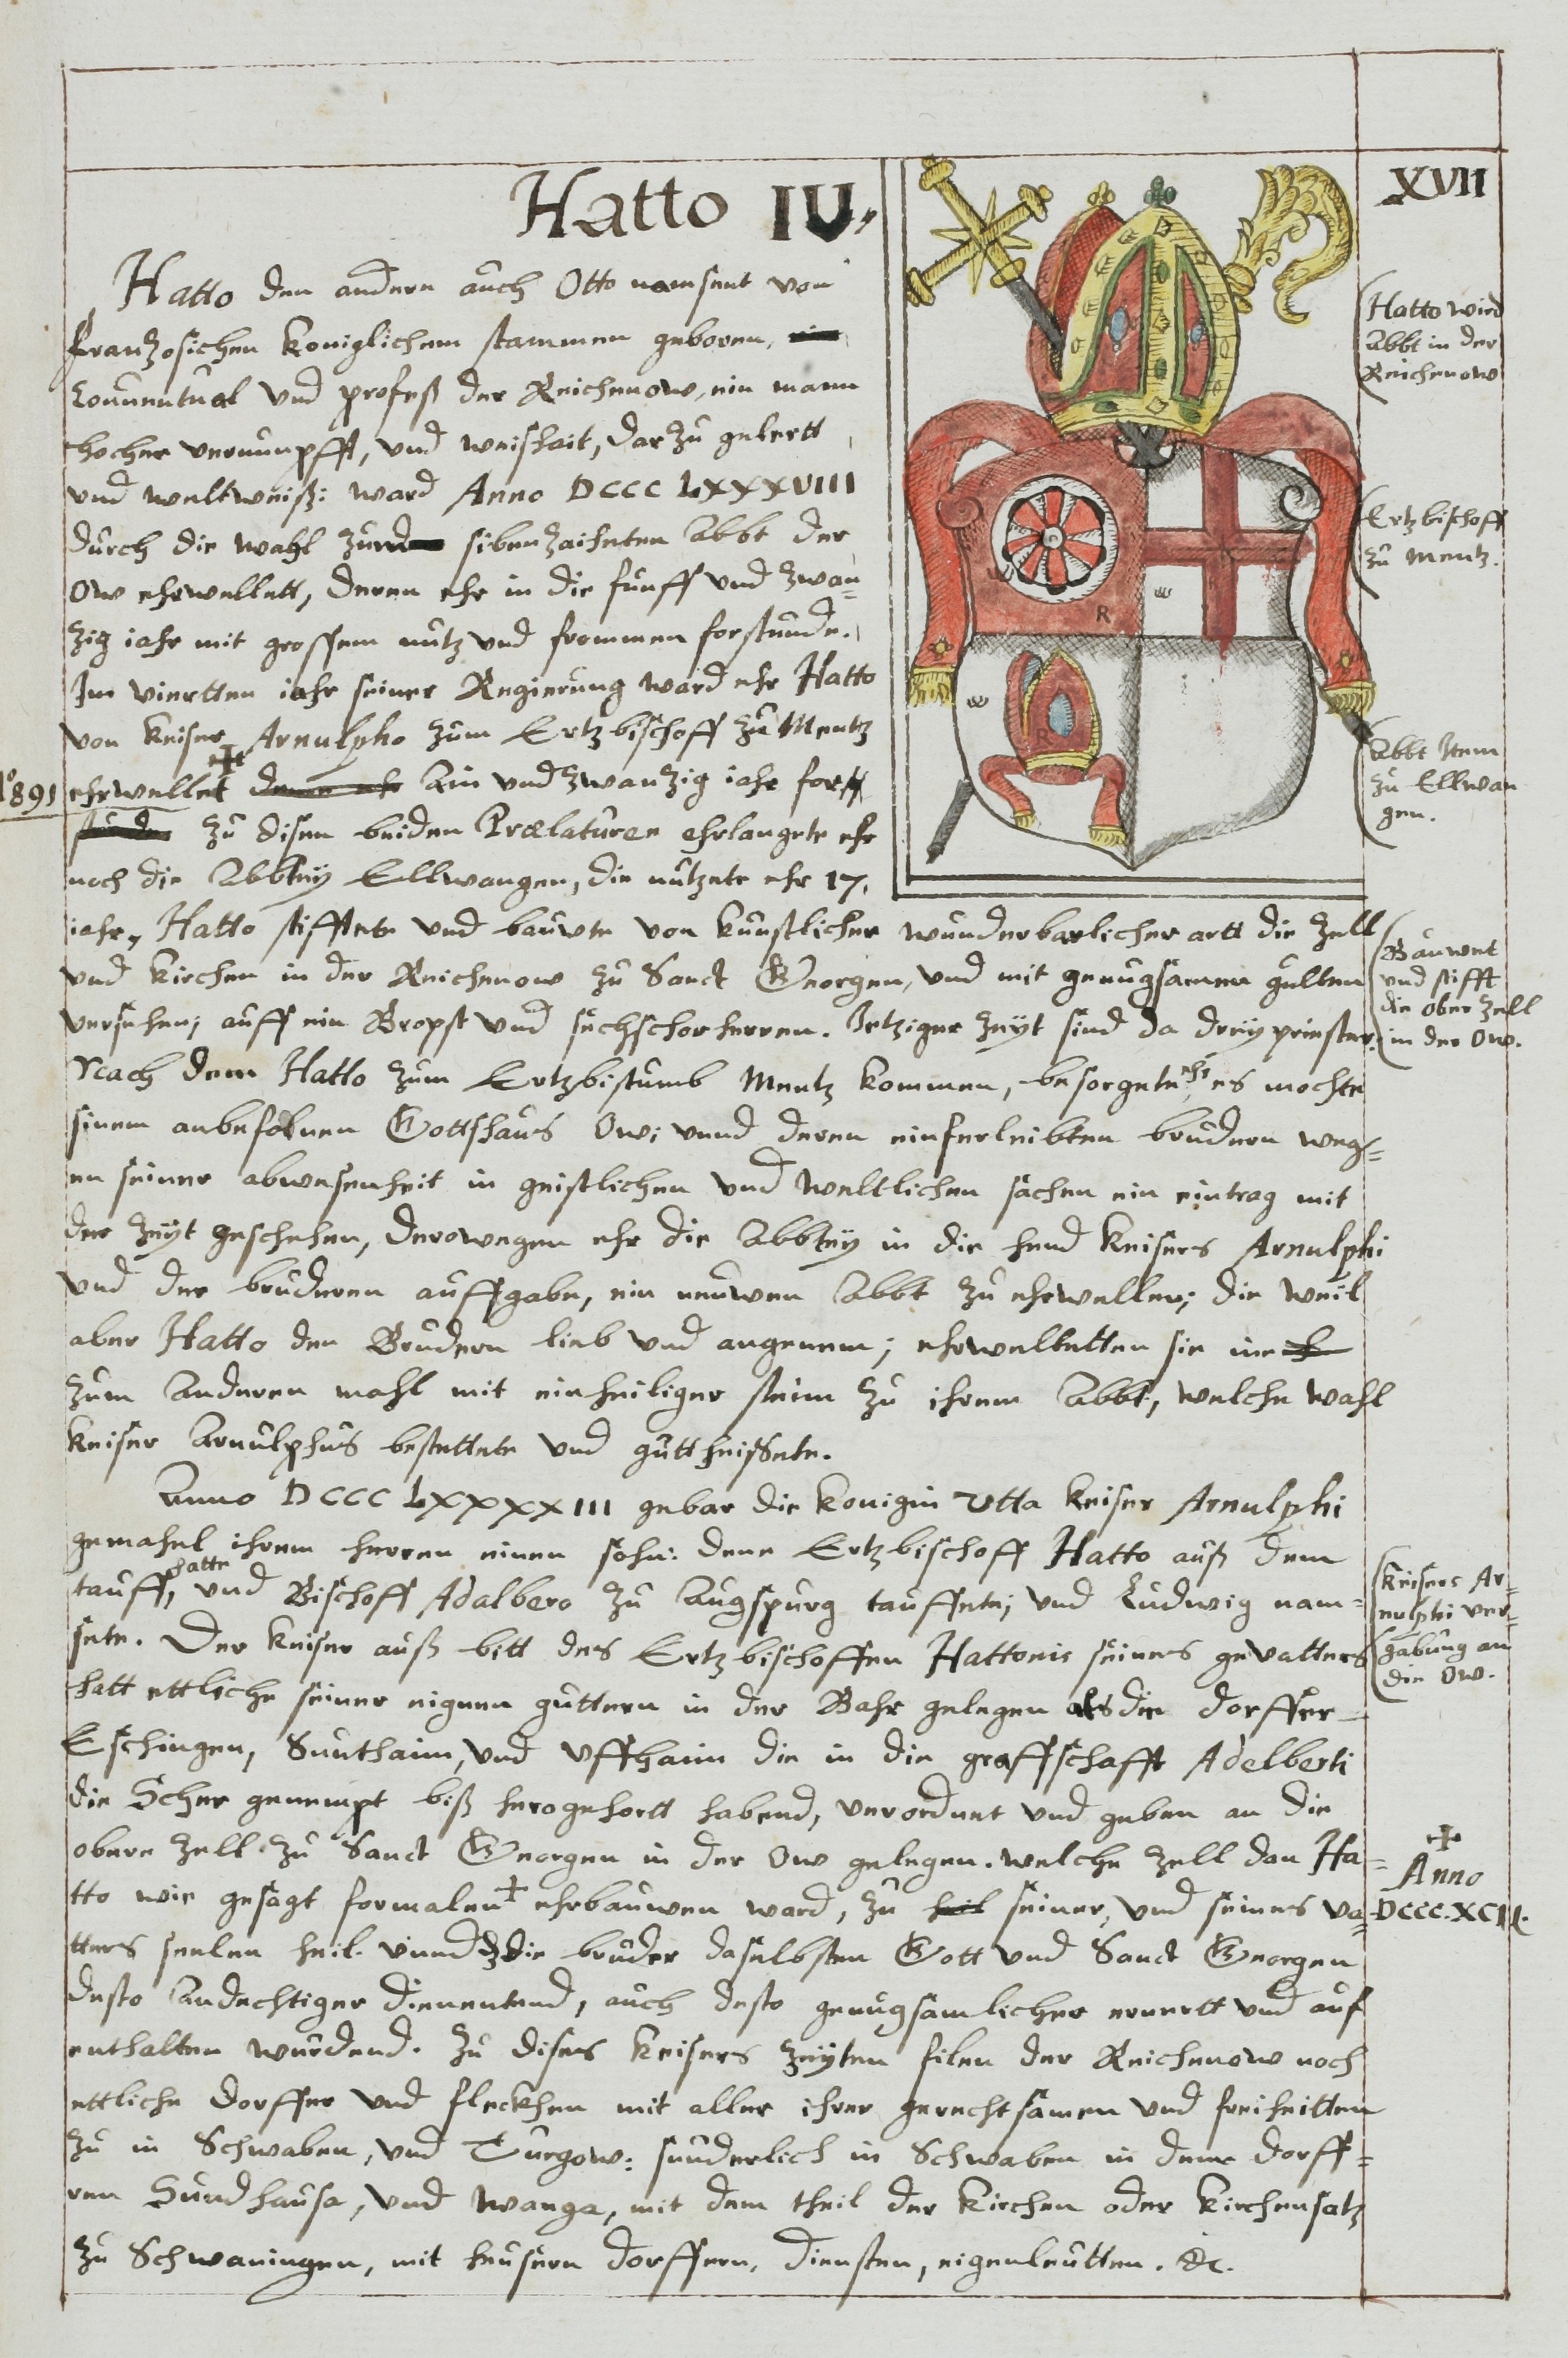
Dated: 1613–1642